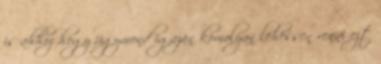
is ahhoz hogy úgymond igazán komolyan lehessen venni ezt